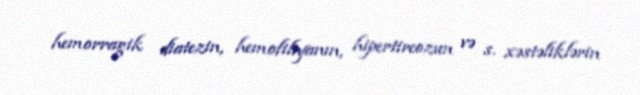
hemorragik diatezin, hemofiliyanın, hipertireozun və s. xəstəliklərin